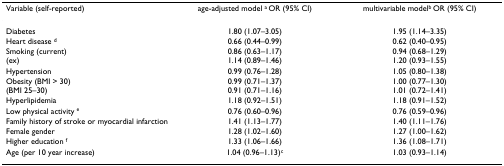
<table><thead><tr><td><b>Variable (self-reported)</b></td><td><b>age-adjusted model <sup>a </sup>OR (95% CI)</b></td><td><b>multivariable model<sup>b </sup>OR (95% CI)</b></td></tr></thead><tbody><tr><td>Diabetes</td><td>1.80 (1.07–3.05)</td><td>1.95 (1.14–3.35)</td></tr><tr><td>Heart disease <sup>d</sup></td><td>0.66 (0.44–0.99)</td><td>0.62 (0.40–0.95)</td></tr><tr><td>Smoking (current)(ex)</td><td>0.86 (0.63–1.17)1.14 (0.89–1.46)</td><td>0.94 (0.68–1.29)1.20 (0.93–1.55)</td></tr><tr><td>Hypertension</td><td>0.99 (0.76–1.28)</td><td>1.05 (0.80–1.38)</td></tr><tr><td>Obesity (BMI &gt; 30)(BMI 25–30)</td><td>0.99 (0.71–1.37)0.91 (0.71–1.16)</td><td>1.00 (0.77–1.30)1.01 (0.72–1.41)</td></tr><tr><td>Hyperlipidemia</td><td>1.18 (0.92–1.51)</td><td>1.18 (0.91–1.52)</td></tr><tr><td>Low physical activity <sup>e</sup></td><td>0.76 (0.60–0.96)</td><td>0.76 (0.59–0.96)</td></tr><tr><td>Family history of stroke or myocardial infarction</td><td>1.41 (1.13–1.77)</td><td>1.40 (1.11–1.76)</td></tr><tr><td>Female gender</td><td>1.28 (1.02–1.60)</td><td>1.27 (1.00–1.62)</td></tr><tr><td>Higher education <sup>f</sup></td><td>1.33 (1.06–1.66)</td><td>1.36 (1.08–1.71)</td></tr><tr><td>Age (per 10 year increase)</td><td>1.04 (0.96–1.13)<sup>c</sup></td><td>1.03 (0.93–1.14)</td></tr></tbody></table>